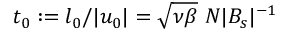
t _ { 0 } : = l _ { 0 } / | u _ { 0 } | = \sqrt { \nu \beta } ~ N | B _ { s } | ^ { - 1 }